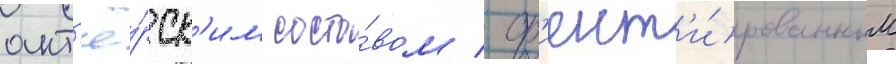
акт'ё́рск'им соста́вом / ор'иент'и́рованным